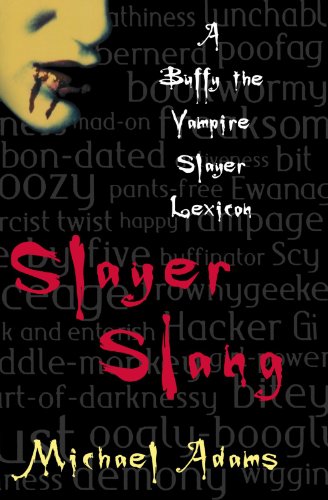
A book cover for Slayer Slang: A Buffy the Vampire Slayer Lexicon; Michael Adams; Reference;